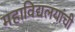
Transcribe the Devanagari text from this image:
महाविद्यलयांची